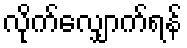
လိုက်လျှောက်ရန်